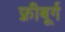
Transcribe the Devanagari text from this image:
फ़्रीबूर्ग